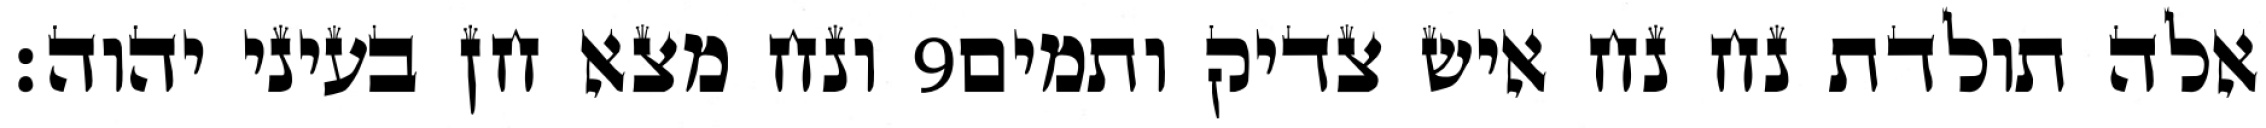
ונח מצא חן בעיני יהוה׃ ‎9‏ אלה תולדת נח נח איש צדיק ותמים